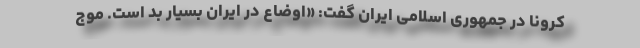
کرونا در جمهوری‌ اسلامی ایران گفت: «اوضاع در ایران بسیار بد است. موج